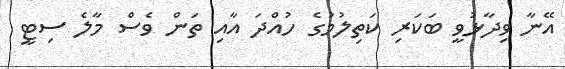
އޭނާ ވިދާޅުވީ ބަކަރި ކަތިލުމުގެ ހުއްދަ އާއި ތަން ވެސް މާލެ ސިޓީ